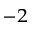
^ { - 2 }